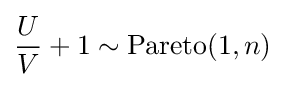
{\frac {U}{V}}+1\sim \operatorname {Pareto} (1,n)